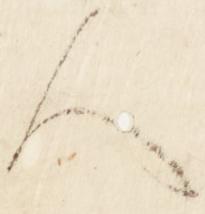
人